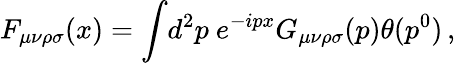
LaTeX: F_{\mu\nu\rho\sigma}(x)=\int\! d^{2}p\ e^{-ipx}G_{\mu\nu\rho\sigma}(p)\theta(p^{0})\, ,